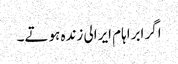
اگر ابراہام ایرالی زندہ ہوتے۔